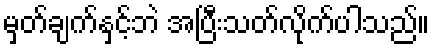
မှတ်ချက်နှင့်ဘဲ အပြီးသတ်လိုက်ပါသည်။